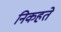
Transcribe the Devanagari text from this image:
निकहते